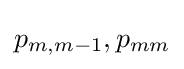
p_{m,m-1},p_{mm}